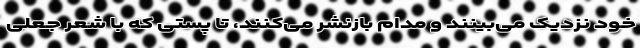
خود نزدیک می‌بینند و مدام بازنشر می‌کنند، تا پستی که با شعر جعلی